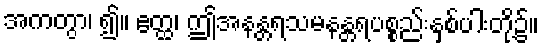
အကတွာ၊ ၍။ ဧတ္ထ၊ ဤအနန္တရသမနန္တရပစ္စည်းနှစ်ပါးတို့၌။